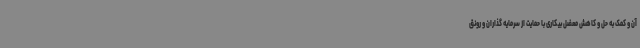
آن و کمک به حل و کاهش معضل بیکاری با حمایت از سرمایه گذاران و رونق